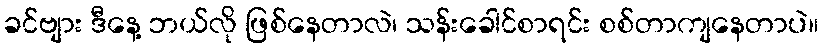
ခင်ဗျား ဒီနေ့ ဘယ်လို ဖြစ်နေတာလဲ၊ သန်းခေါင်စာရင်း စစ်တာကျနေတာပဲ။